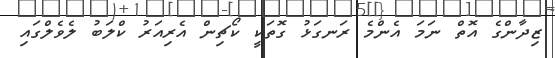
ޒިދާންގެ އޮތް ނަމަ އެންމެ ރަނގަޅު ގޮތަކީ ކޯޗިން އެރިއަރު ކްލަބު ލެވެލްގައި